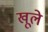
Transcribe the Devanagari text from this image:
खूले